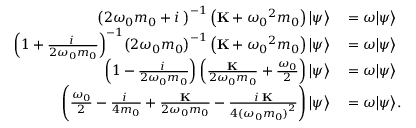
\begin{array} { r l } { { { \left( { 2 { \omega _ { 0 } } m _ { 0 } + i { \bf { \Gamma } } } \right) } ^ { - 1 } } \left( { { \bf { K } } + { \omega _ { 0 } } ^ { 2 } m _ { 0 } } \right) { \left| \psi \right\rangle } } & { { } = \omega { \left| \psi \right\rangle } } \\ { { { \left( { 1 + \frac { { i { \bf { \Gamma } } } } { { 2 { \omega _ { 0 } } m _ { 0 } } } } \right) } ^ { - 1 } } { { \left( { 2 { \omega _ { 0 } } } m _ { 0 } \right) } ^ { - 1 } } \left( { { \bf { K } } + { \omega _ { 0 } } ^ { 2 } m _ { 0 } } \right) { \left| \psi \right\rangle } } & { { } = \omega { \left| \psi \right\rangle } } \\ { \left( { 1 - \frac { { i { \bf { \Gamma } } } } { { 2 { \omega _ { 0 } } m _ { 0 } } } } \right) \left( { \frac { { \bf { K } } } { { 2 { \omega _ { 0 } } m _ { 0 } } } + \frac { { { \omega _ { 0 } } } } { 2 } } \right) { \left| \psi \right\rangle } } & { { } = \omega { \left| \psi \right\rangle } } \\ { \left( { \frac { { { \omega _ { 0 } } } } { 2 } - \frac { { i { \bf { \Gamma } } } } { 4 m _ { 0 } } + \frac { { \bf { K } } } { { 2 { \omega _ { 0 } } m _ { 0 } } } - \frac { { i { \bf { \Gamma } \mathbf { K } } } } { { 4 { ( \omega _ { 0 } m _ { 0 } ) } ^ { 2 } } } } \right) { \left| \psi \right\rangle } } & { { } = \omega { \left| \psi \right\rangle } . } \end{array}